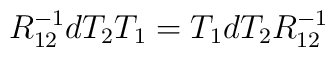
R_{12}^{-1} dT_2 T_1 = T_1 dT_2 R_{12}^{-1}